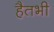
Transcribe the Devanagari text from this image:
हैतभी